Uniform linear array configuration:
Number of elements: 24
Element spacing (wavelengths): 0.25
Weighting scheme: uniform
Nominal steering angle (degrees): -60
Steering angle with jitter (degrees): -58.507
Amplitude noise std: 0.05
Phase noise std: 0.05

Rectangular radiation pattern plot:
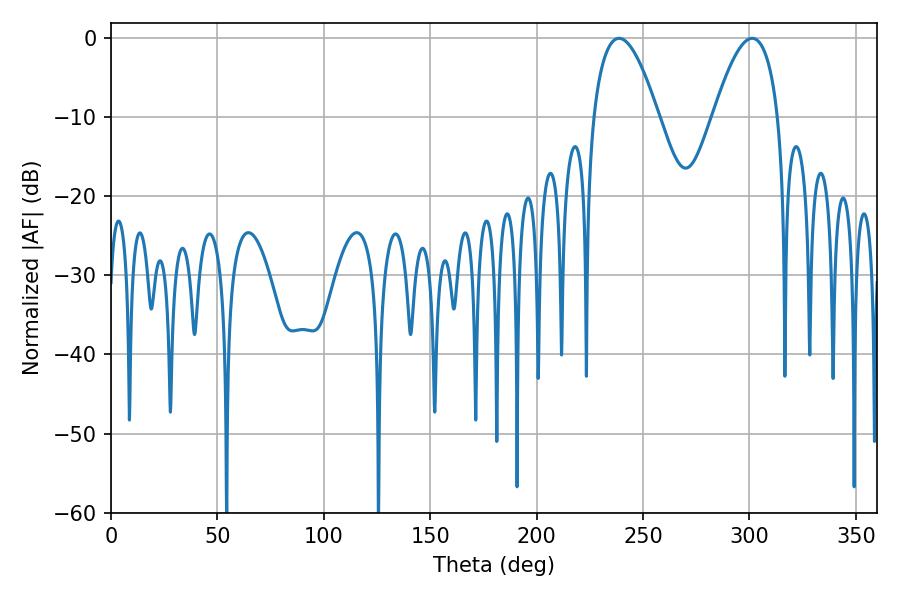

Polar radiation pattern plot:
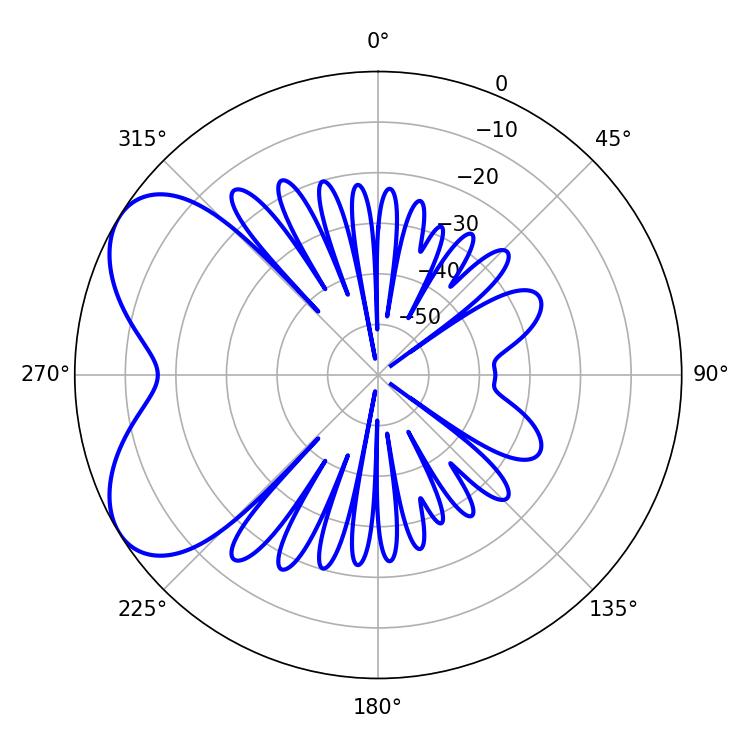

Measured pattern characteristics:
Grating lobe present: FALSE
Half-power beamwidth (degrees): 16.92
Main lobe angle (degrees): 238.68